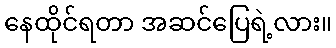
နေထိုင်ရတာ အဆင်ပြေရဲ့လား။